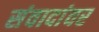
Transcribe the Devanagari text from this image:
संवादांवर